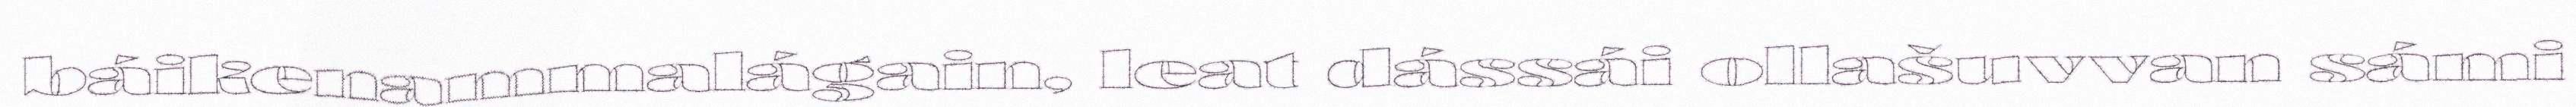
báikenammalágain, leat dássái ollašuvvan sámi